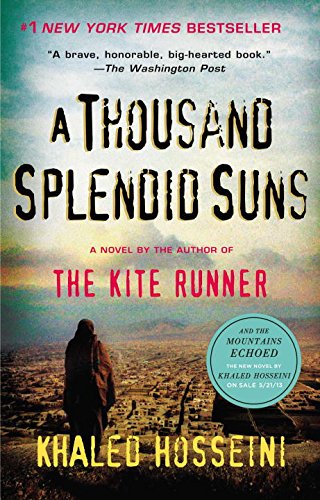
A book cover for A Thousand Splendid Suns; Khaled Hosseini; Literature & Fiction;